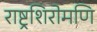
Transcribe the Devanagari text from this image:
राष्ट्रशिरोमणि